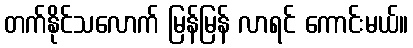
တက်နိုင်သလောက် မြန်မြန် လာရင် ကောင်းမယ်။